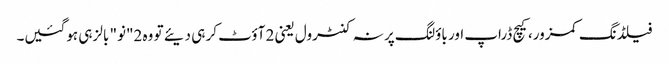
فیلڈنگ کمزور، کیچ ڈراپ اور باؤلنگ پر نہ کنٹرول یعنی 2 آؤٹ کر ہی دیئے تو وہ 2"نو" بالز ہی ہوگئیں۔